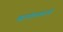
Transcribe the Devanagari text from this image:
खानोलकरांची